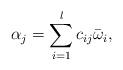
LaTeX: \begin{align*} \alpha_j = \sum\limits_{i=1}^l c_{ij}\bar\omega_i,\end{align*}